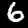
Label: 6